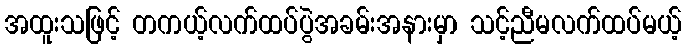
အထူးသဖြင့် တကယ့်လက်ထပ်ပွဲအခမ်းအနားမှာ သင့်ညီမလက်ထပ်မယ့်